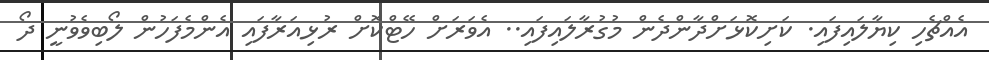
އެއްޗެހި ކިޔާލައިފައި. ކަށިކޮޅަށްދާންދެން މުގުރާލައިފައި.. އެވަރަށް ހޭޓްކޮށް ރުޅިއަރާފައި އެންމެފަހުން ލޯބިވެވުނީ ދޯ